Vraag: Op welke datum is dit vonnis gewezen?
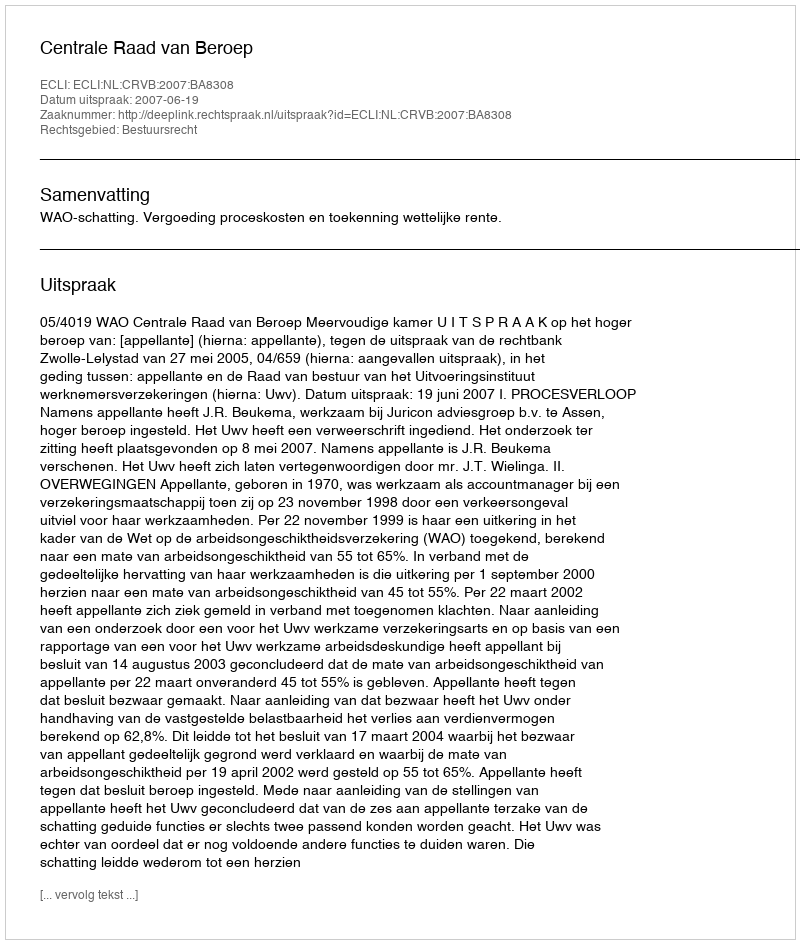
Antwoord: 2007-06-19